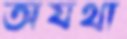
অযথা